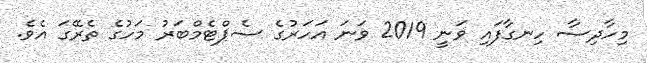
މިހާދިސާ ހިނގާފައި ވަނީ 2019 ވަނަ އަހަރުގެ ސެޕްޓެމްބަރު މަހުގެ ތެރޭގަ އެވެ.